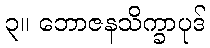
၃။ ဘောဇနသိက္ခာပုဒ်